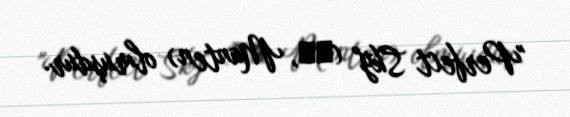
"Perfect Sky" (満天, Manten) olmuşdur.